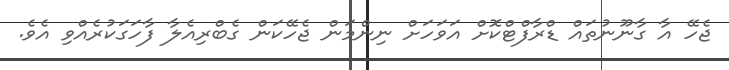
ޖެހޭ އާ ގާނޫނުތައް ޑްރާފްޓްކޮށް އަވަހަށް ނިންމަން ޖެހޭކަން ގެބްރިއެލާ ފާހަގަކުރެއްވި އެވެ.